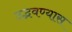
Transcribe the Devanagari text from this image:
उद्भवण्यास